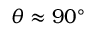
\theta \approx 9 0 ^ { \circ }